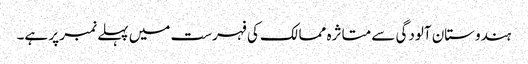
ہندوستان آلودگی سے متاثرہ ممالک کی فہرست میں پہلے نمبر پر ہے۔